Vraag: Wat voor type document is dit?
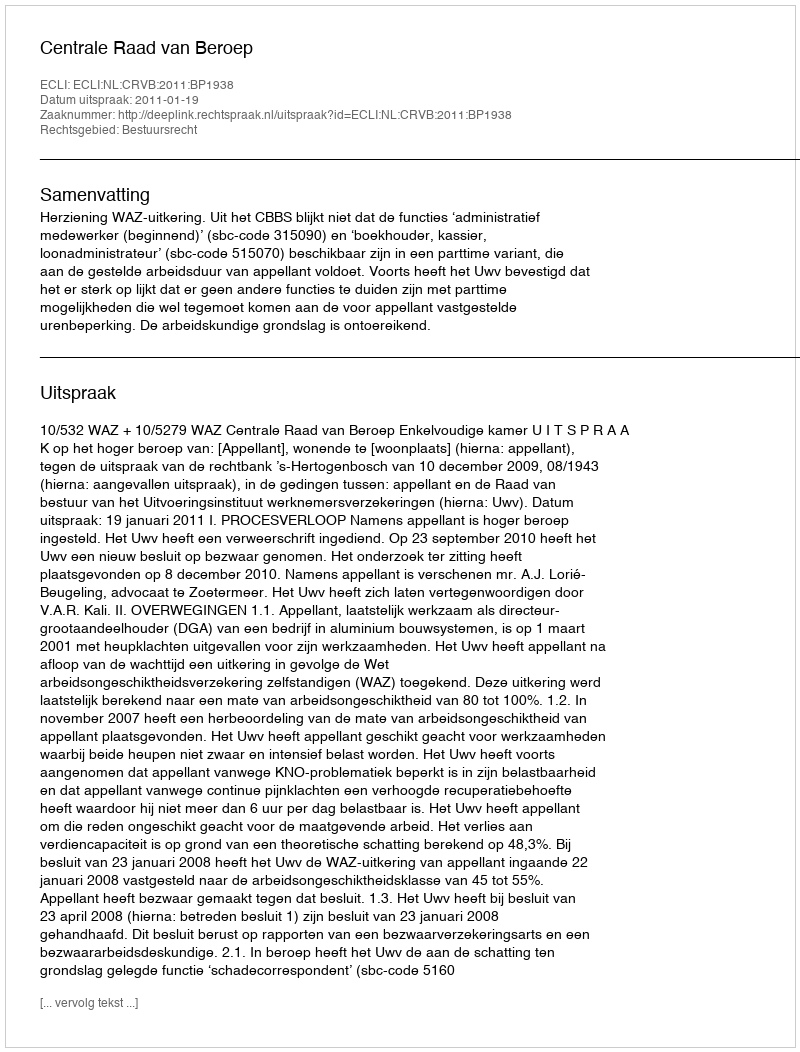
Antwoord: Uitspraak